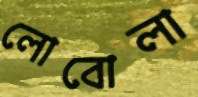
লোবোলা